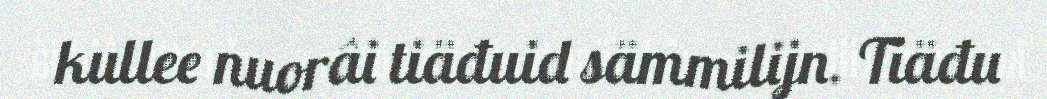
kullee nuorâi tiäđuid sämmilijn. Tiäđu